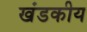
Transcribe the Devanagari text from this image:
खंडकीय